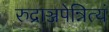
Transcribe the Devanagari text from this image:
रुद्राञ्जपेन्नित्यं